Leningradi_Edasi_toimetus, lk 18
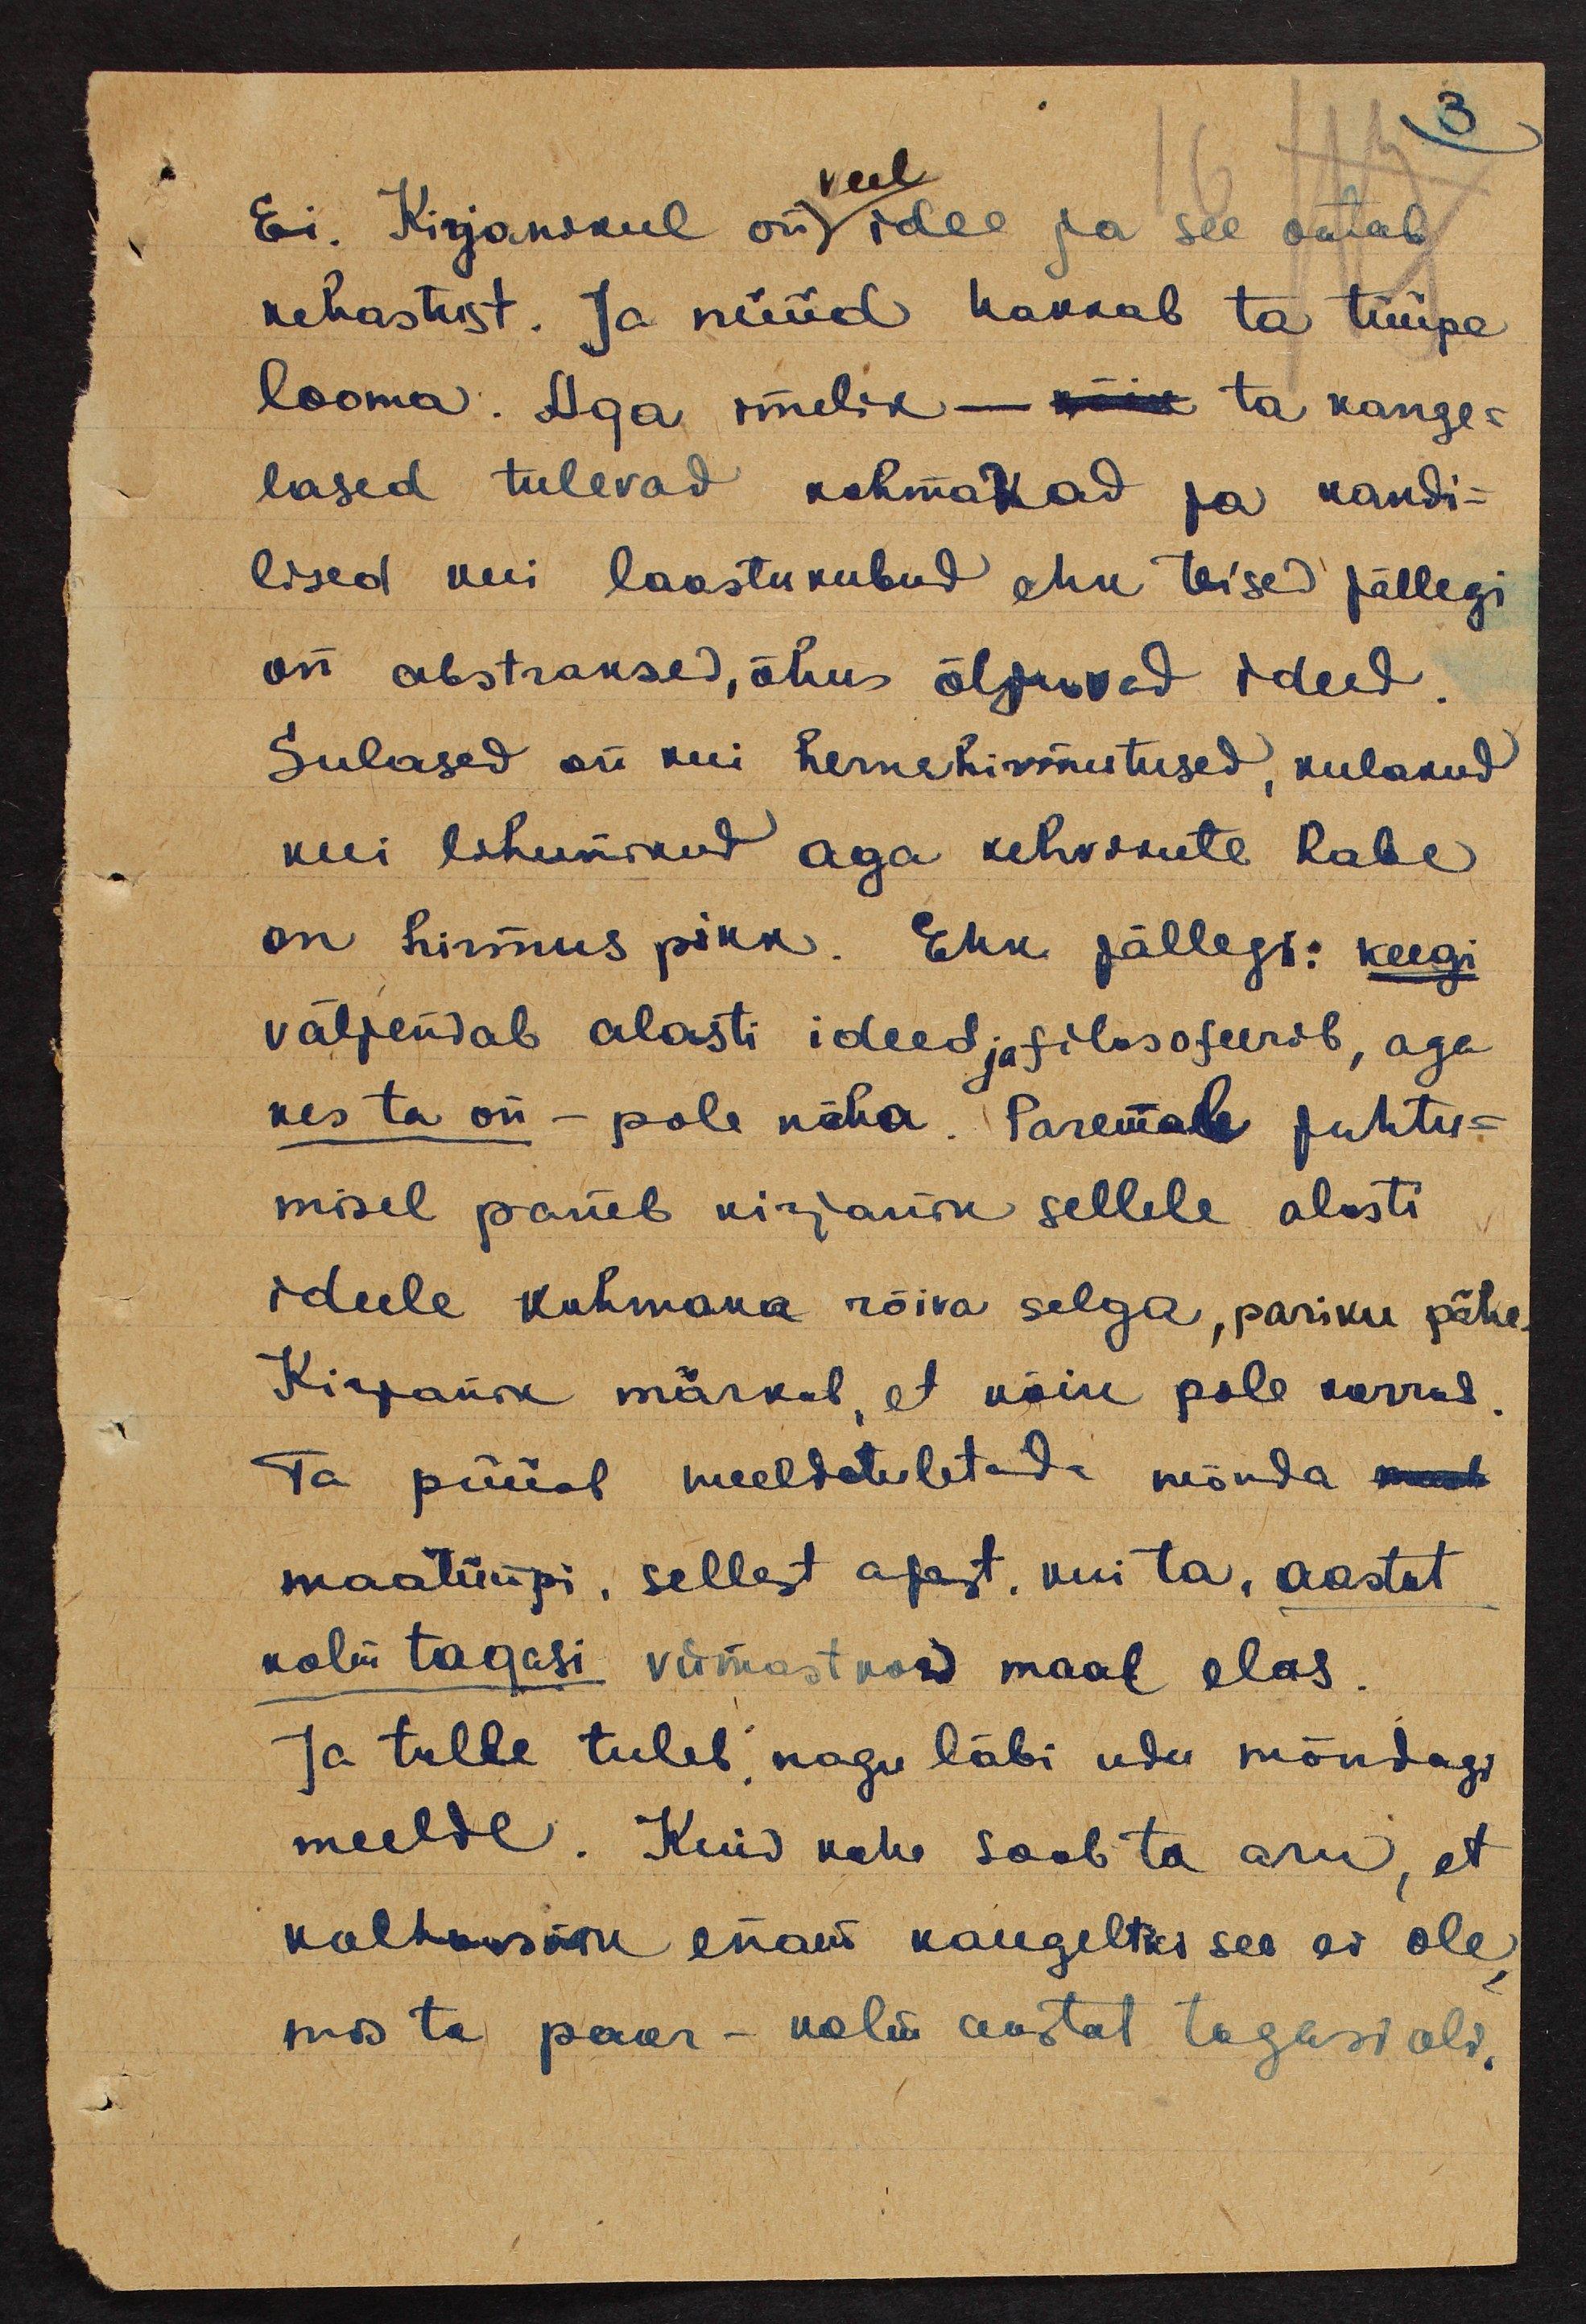
3
veel
Ei. Kirjanikul on idee ja see ootab
kehastust. Ja nüüd hakkab ta tüüpe
looma. Aga imelik - kõik ta kange-
lased tulevad kohmakad ja kandi-
lised kui laastukubud ehk teised jällegi
on abstraksed, õhus õljuvad ideed
Sulased on kui hernehirmutused, kulakud
kui lihunikud aga kehvikute habe
on hirmus pikk. Ehk jällegi: keegi
väljendab alasti ideed ja filosofeerib, aga
kes ta on - pole näha. Paremale juhtu-
misel paneb kirjanik sellele alasti
ideele kuhmaka rõiva selga, pariku pähe
Kirjanik märkab, et kõik pole korras
Ta püüab meeldetuletada mõnda meel
maatüüpi, sellest ajast, kui ta, aastat
kolm tagasi viimaskord maal elas
Ja talle tuleb, nagu läbi udu mõndagi
meelde. Kuid kohe saab ta aru, et
kolhoosnik enam kaugeltki see ei ole,
mis ta paar - kolm aastat tagasi oli.